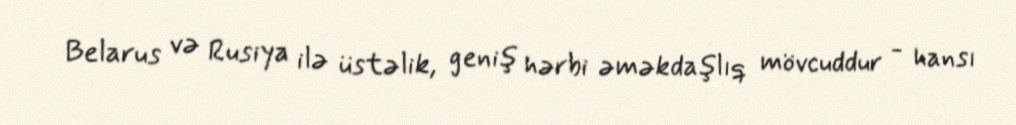
Belarus və Rusiya ilə üstəlik, geniş hərbi əməkdaşlıq mövcuddur - hansı